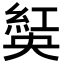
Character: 𦁾